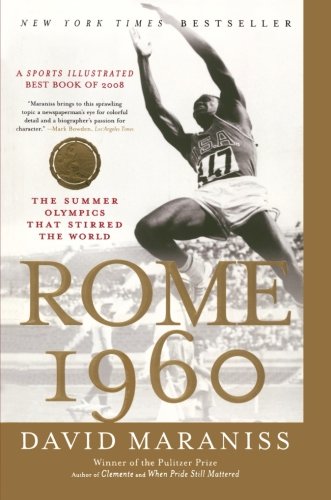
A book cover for Rome 1960: The Summer Olympics That Stirred the World; David Maraniss; Sports & Outdoors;